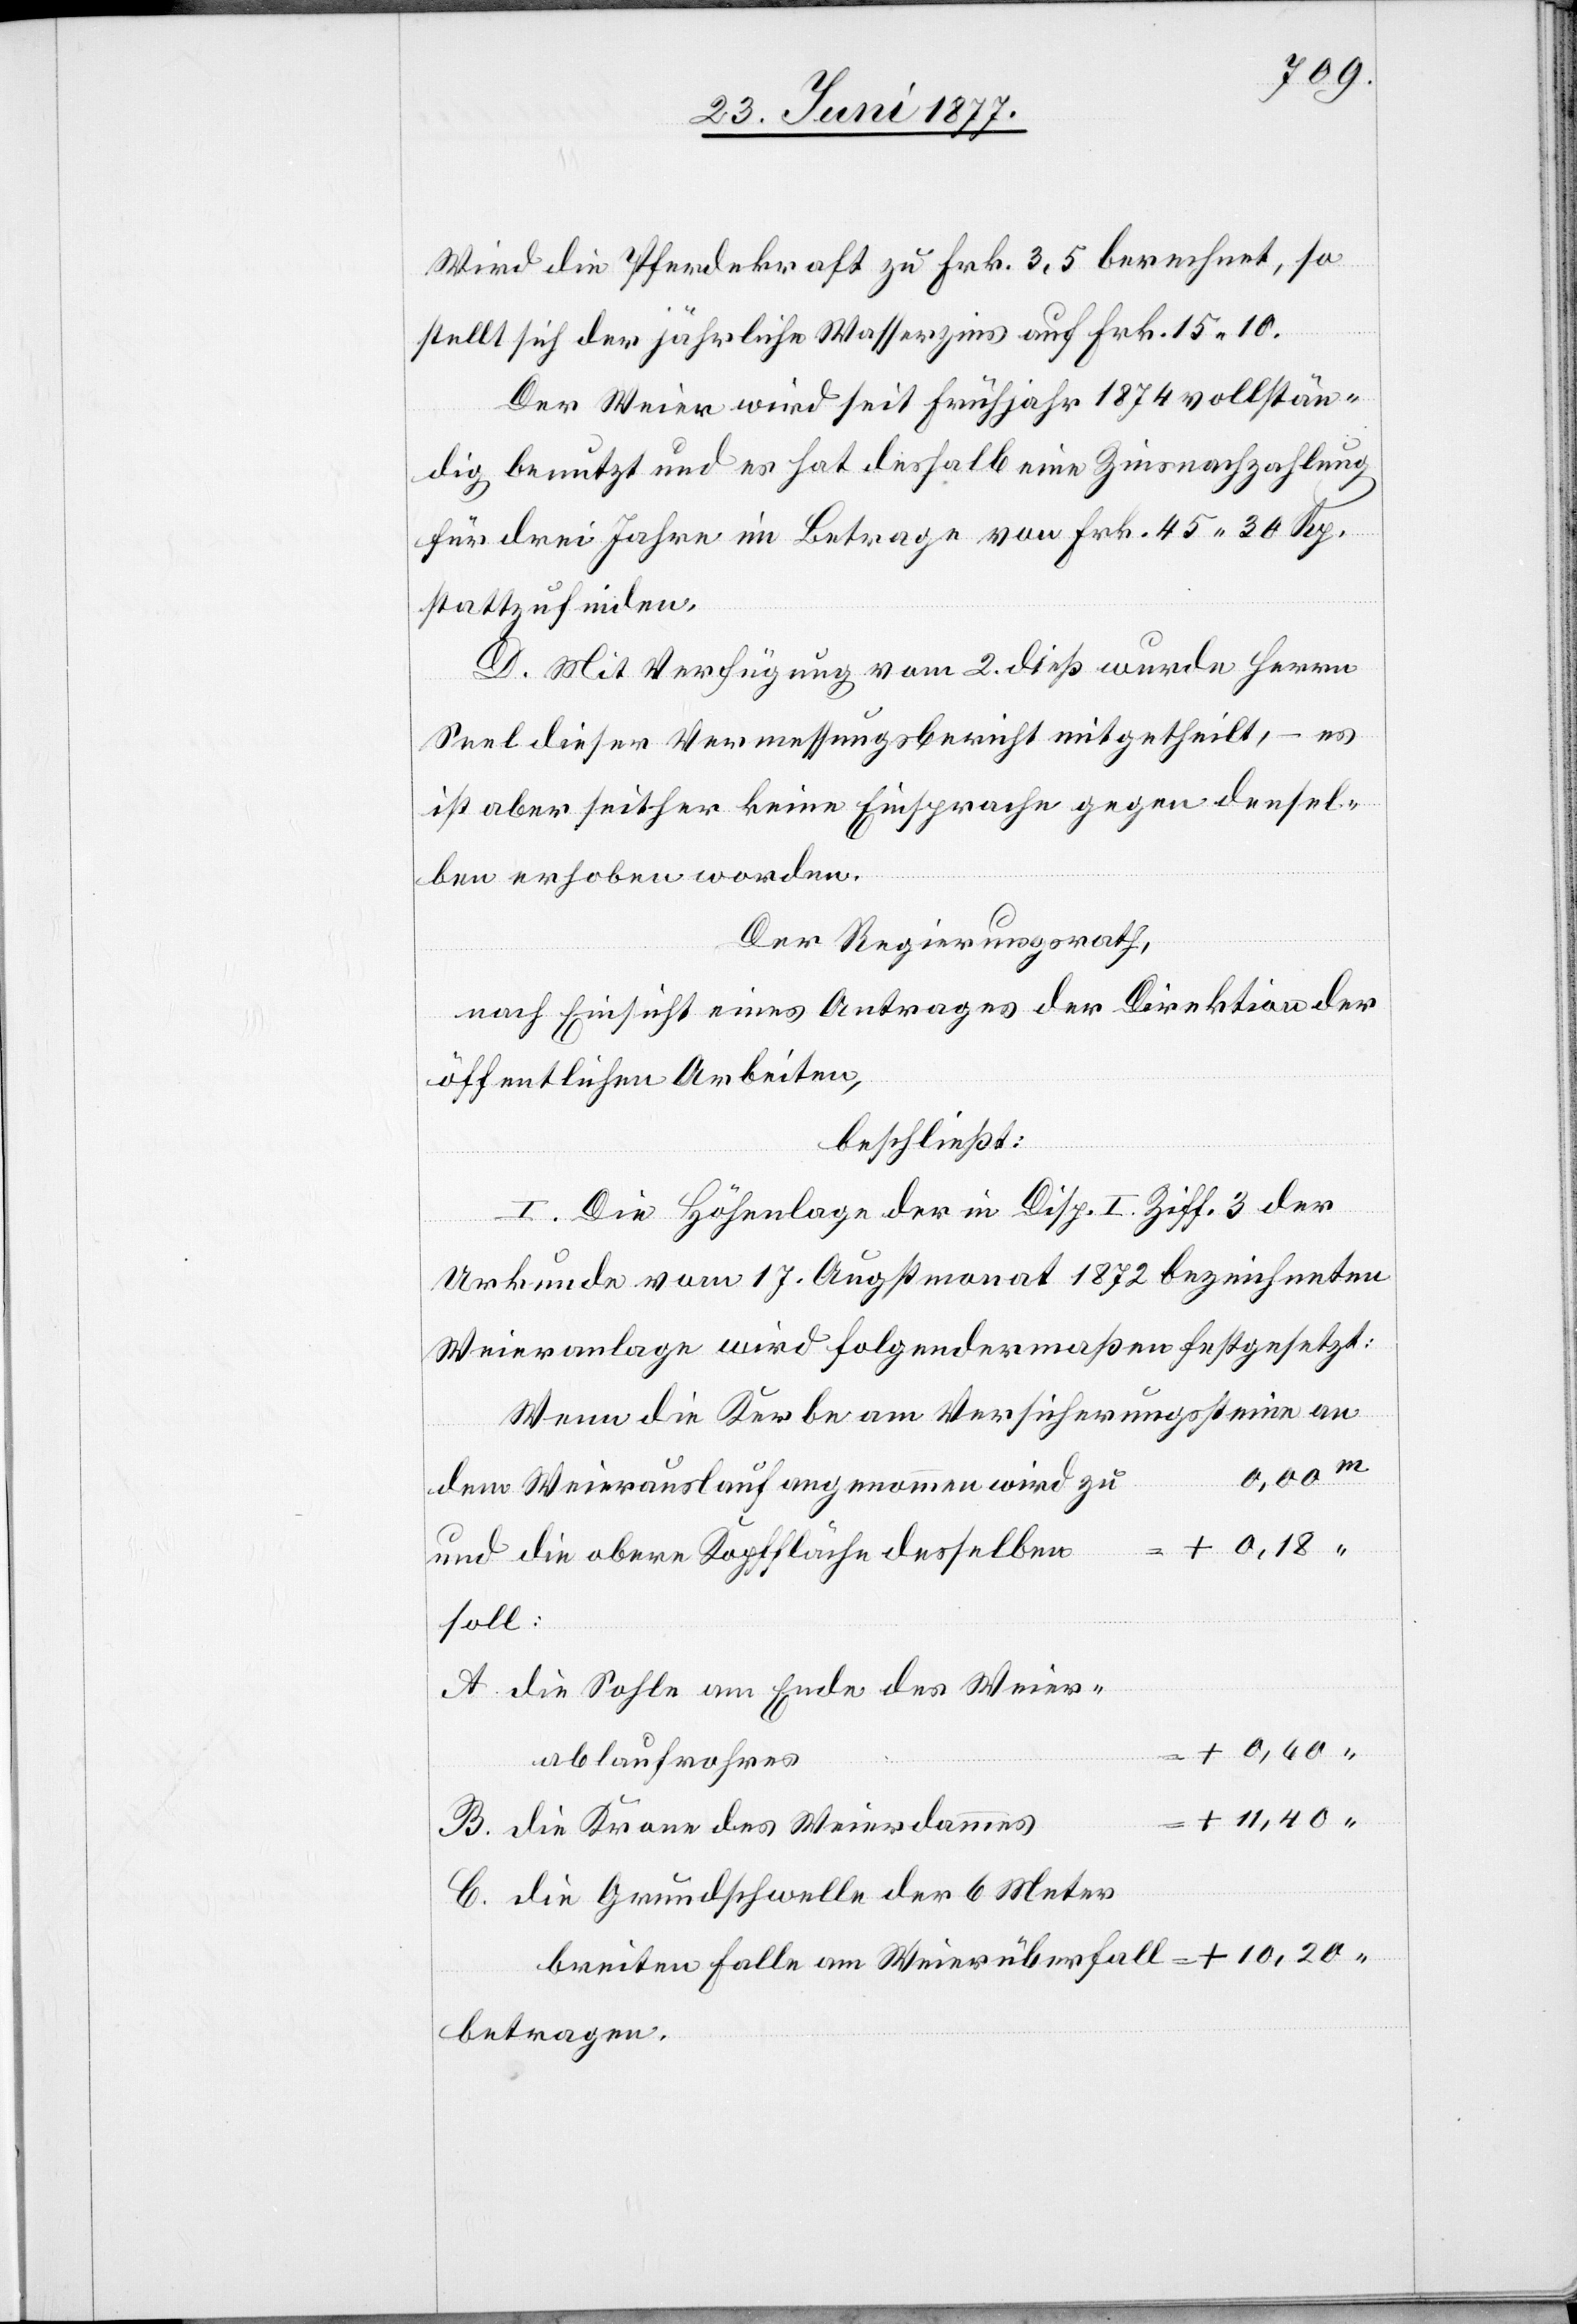
Wird die Pferdekraft zu Frk. 3.5[0] berechnet, so
stellt sich der jährliche Wasserzins auf Frk. 15 10.
Der Weier wird seit Frühjahr 1874 vollstän¬
dig benutzt und es hat deshalb eine Zinsnachzahlung
für drei Jahre im Betrage von Frk. 45 30 Rp.
stattzufinden.
D. Mit Verfügung vom 2. dieß wurde Herrn
Seel dieser Vermessungsbericht mitgetheilt, – es
ist aber seither keine Einsprache gegen densel¬
ben erhoben worden.
Der Regierungsrath,
nach Einsicht eines Antrages der Direktion der
öffentlichen Arbeiten,
beschließt:
“
I. Die Höhenlage der in Disp. I Ziff. 3 der
Urkunde vom 17. Augstmonat 1872 bezeichneten
Weieranlage wird folgendermaßen festgesetzt:
Wenn die Kerbe am Versicherungssteine an
0,60
dem Weierauslauf angenommen wird zu
und die obere Kopffläche desselben
Falle
A. die Sohle am Ende des Weier¬
ablaufrohres
B. die Krone des Weierdammes
C. die Grundschwelle der 6 Meter
betragen.